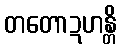
တတောဍဟန္တိ